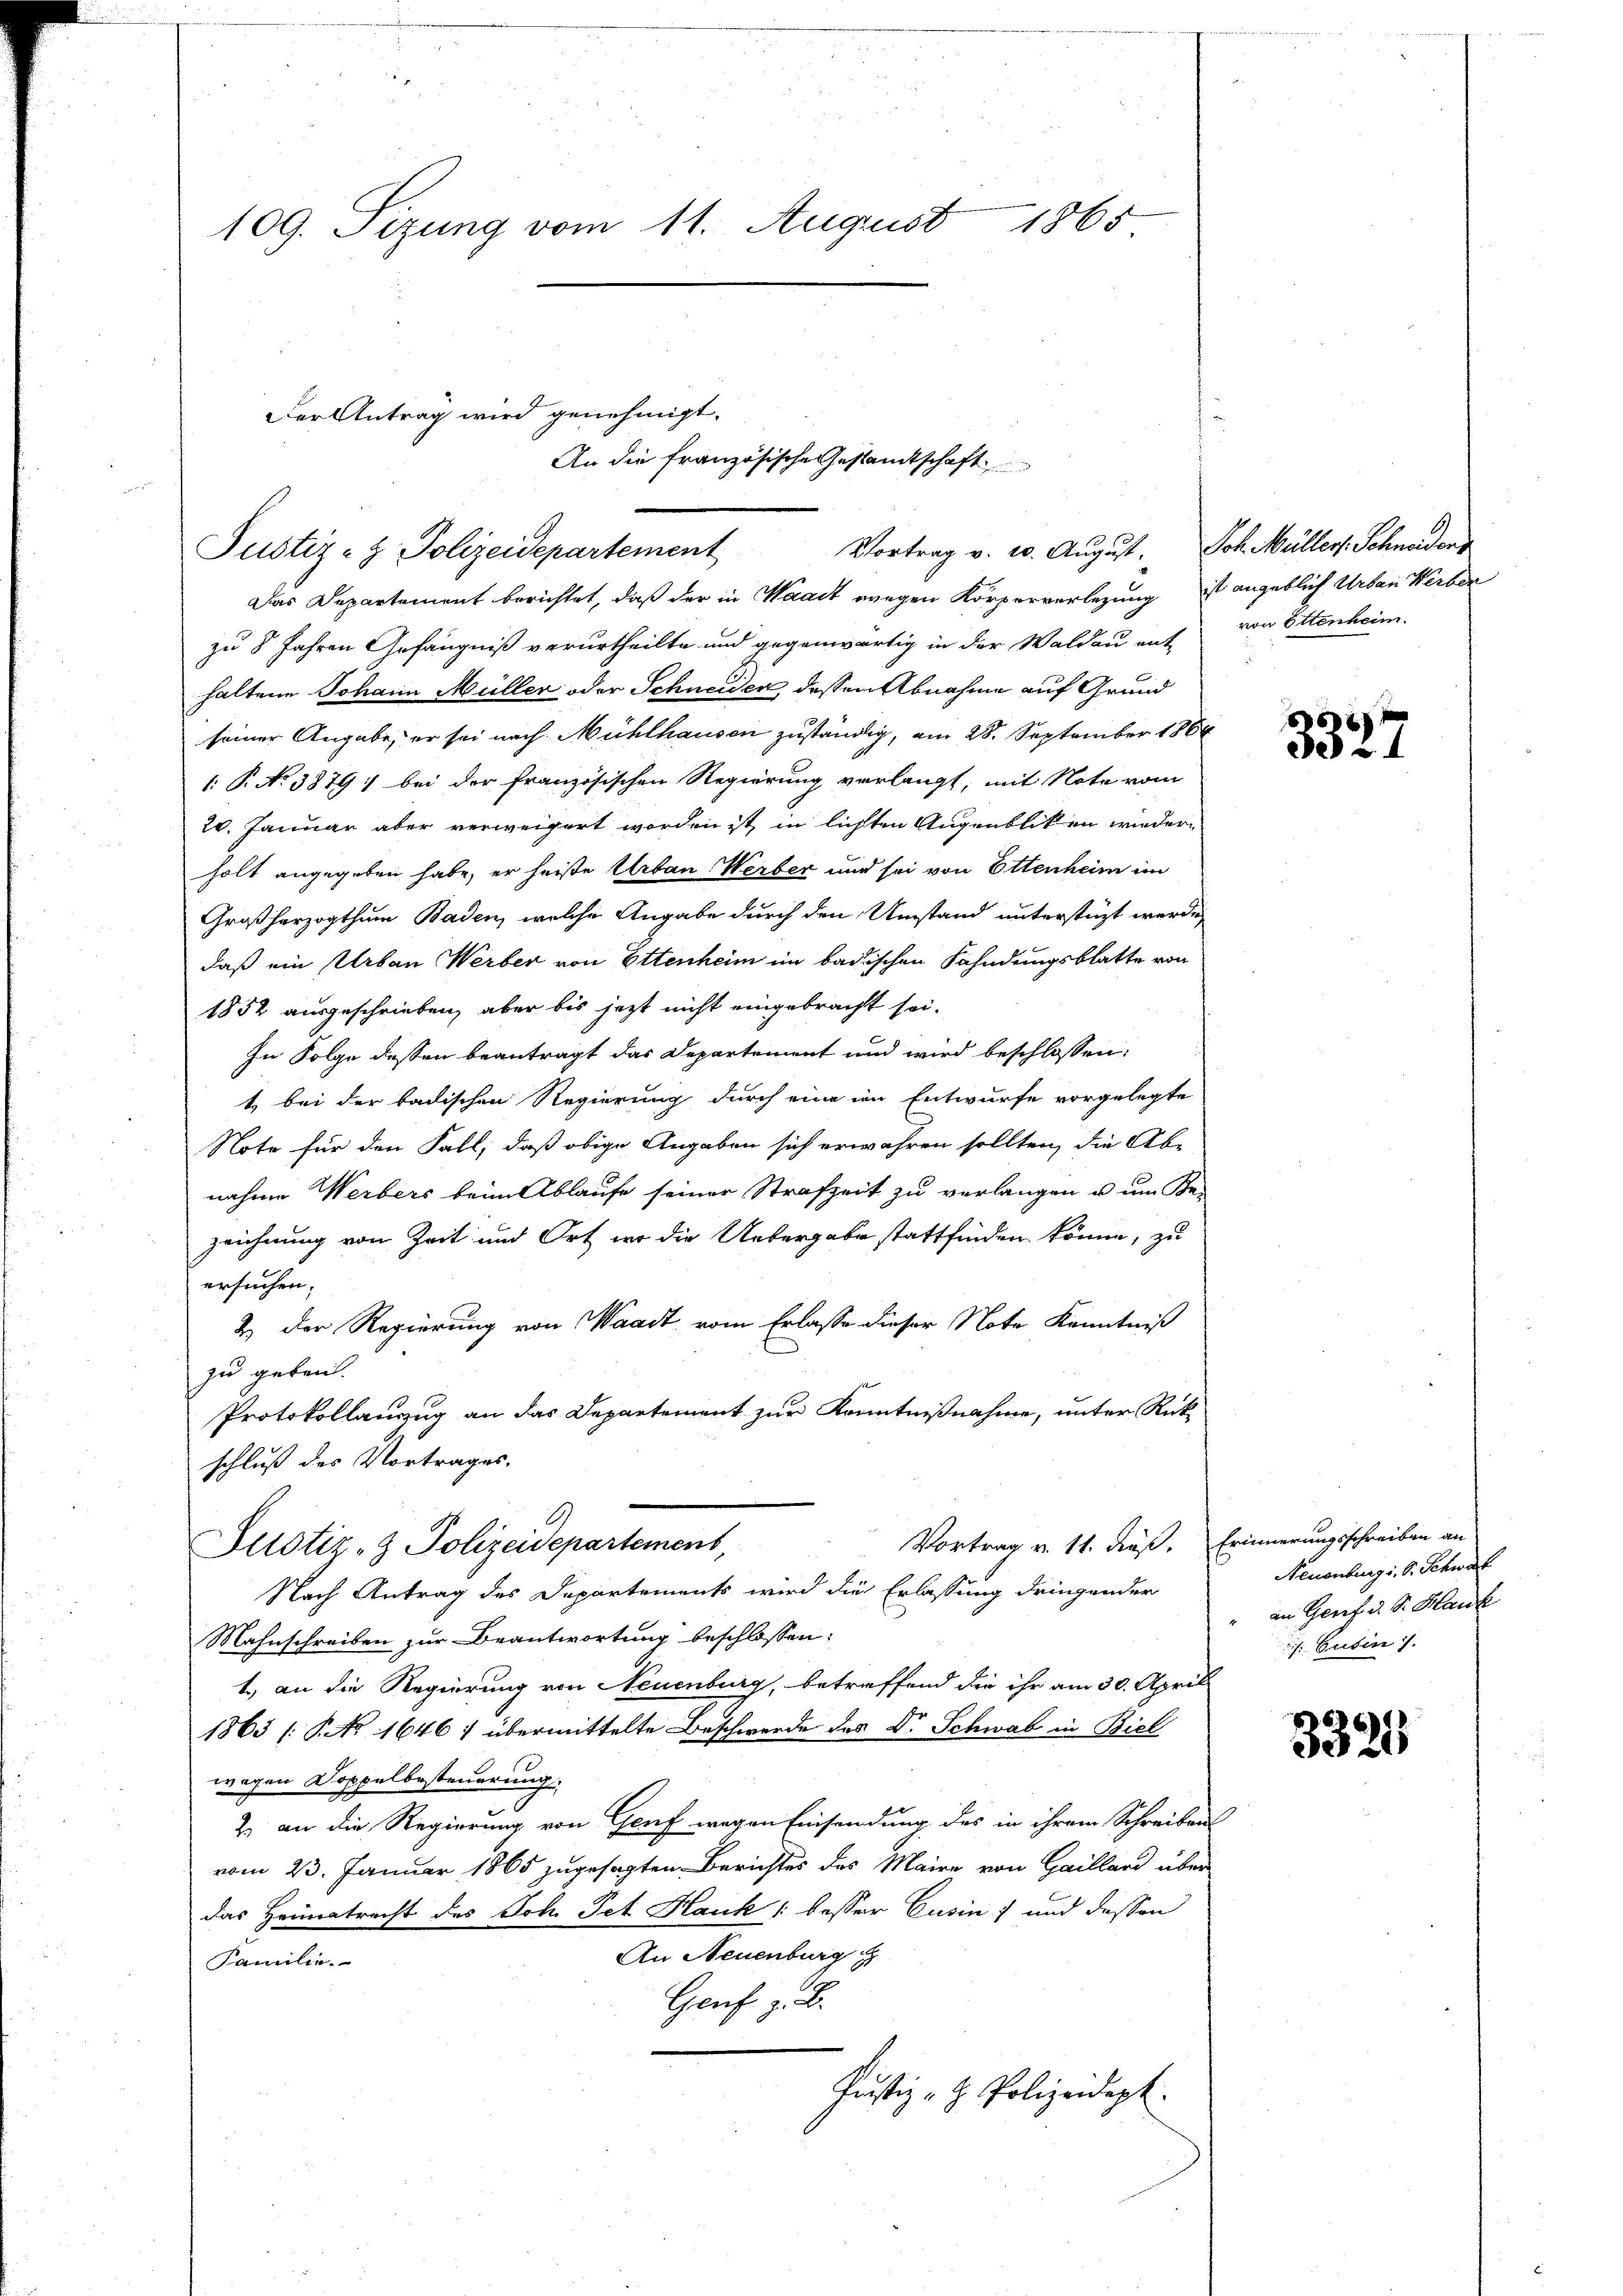
109. Sizung vom 11. August 1865

Das Departement berichtet, daß der in Waadt wegen Körperverlegung ist angeblich Urban Werber
zu 8 Jahren Gefängniß verurtheilte und gegenwärtig in der Waldau ent-
haltene Johann Müller oder Schneiden, dessen Abnahme auf Grund
seiner Angabe, er sei nach Mühlhausen zuständig, am 28. September 1866
: P. No 3879; bei der französischen Regierung verlangt, mit Note vom
20. Januar aber verweigert worden ist, in lichten Augenblicken wiederholt angegeben habe, er heiße Urban Werber und sei von Ettenheim im
Großherzogthum Baden, welche Angabe durch den Umstand unterstüzt werde,
daß ein Urban Werber von Ettenheim im badischen Fahndungsblatte von
1852 ausgeschrieben, aber bis jetzt nicht eingebracht sei.
In Folge dessen beantragt das Departement und wird beschlossen:
t bei der badischen Regierung durch eine im Entwurfe vorgelegte
Note für den Fall, daß obige Angaben sich erwahren sollten, die Ab-
nahme Werbers beim Ablaufe seiner Strafzeit zu verlangen u um Be-
zeichnung von Zeit und Ort, wo die Uebergabe stattfinden könne, zu
ersuchen.
2. Der Regierung von Waadt vom Erlasse dieser Note Kenntniß
zu geben.
Protokollauszug an das Departement zur Kenntnißnahme, unter Rückschluß des Vortrages.
Vortrag v. 11. dieß. Erinnerungsschreiben an
Justiz- & Polizeidepartement,
Nach Antrag des Dapartements wird die Erlassung dringender
Mahnschreiben zur Beantwortung beschlossen:
1.) an die Regierung von Neuenburg, betreffend die ihr am 30. April
1863 /: No 1646 : übermittelte Beschwerde des Dr. Schwab in Biel
wegen Doppelbesteuerung.
2. an die Regierung von Genf wegen Einsendung des in ihrem Schreibens
vom 23. Januar 1865 zugesagten Berichtes des Maire von Gailland über
das Heimatrecht des Joh. Pet Hauk /: besser Cusin) und dessen
An Neuenburg
Familie.
Genf z. B.
Justiz- & Polizeidept.

Der Antrag wird genehmigt.
Justiz- & Polizeidepartement

Vortrag v. 2. August. Joh. Müller, Schneidens

An die französische Gestamtschaft

von Ettenheim.

3327

Neuenburg i. S. Schwal
an Genf d. S. Hau
. Cusin .

332